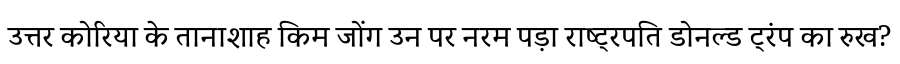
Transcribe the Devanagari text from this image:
उत्तर कोरिया के तानाशाह किम जोंग उन पर नरम पड़ा राष्ट्रपति डोनल्ड ट्रंप का रुख?